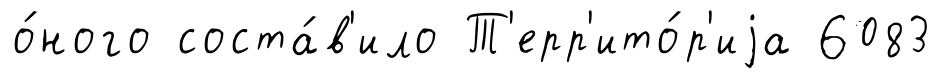
о́ного соста́в'ило Т'ерр'ито́р'иjа 6083